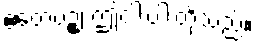
ဧတေပဉ္စ၊ ဤငါးပါးတို့သည်။